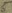
Text: 5